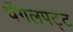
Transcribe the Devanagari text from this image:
चेंगलपट्ट